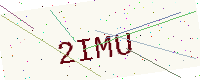
Text: 2IMU